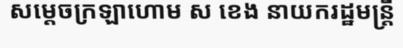
សម្តេចក្រឡាហោម ស ខេង នាយករដ្ឋមន្ត្រី